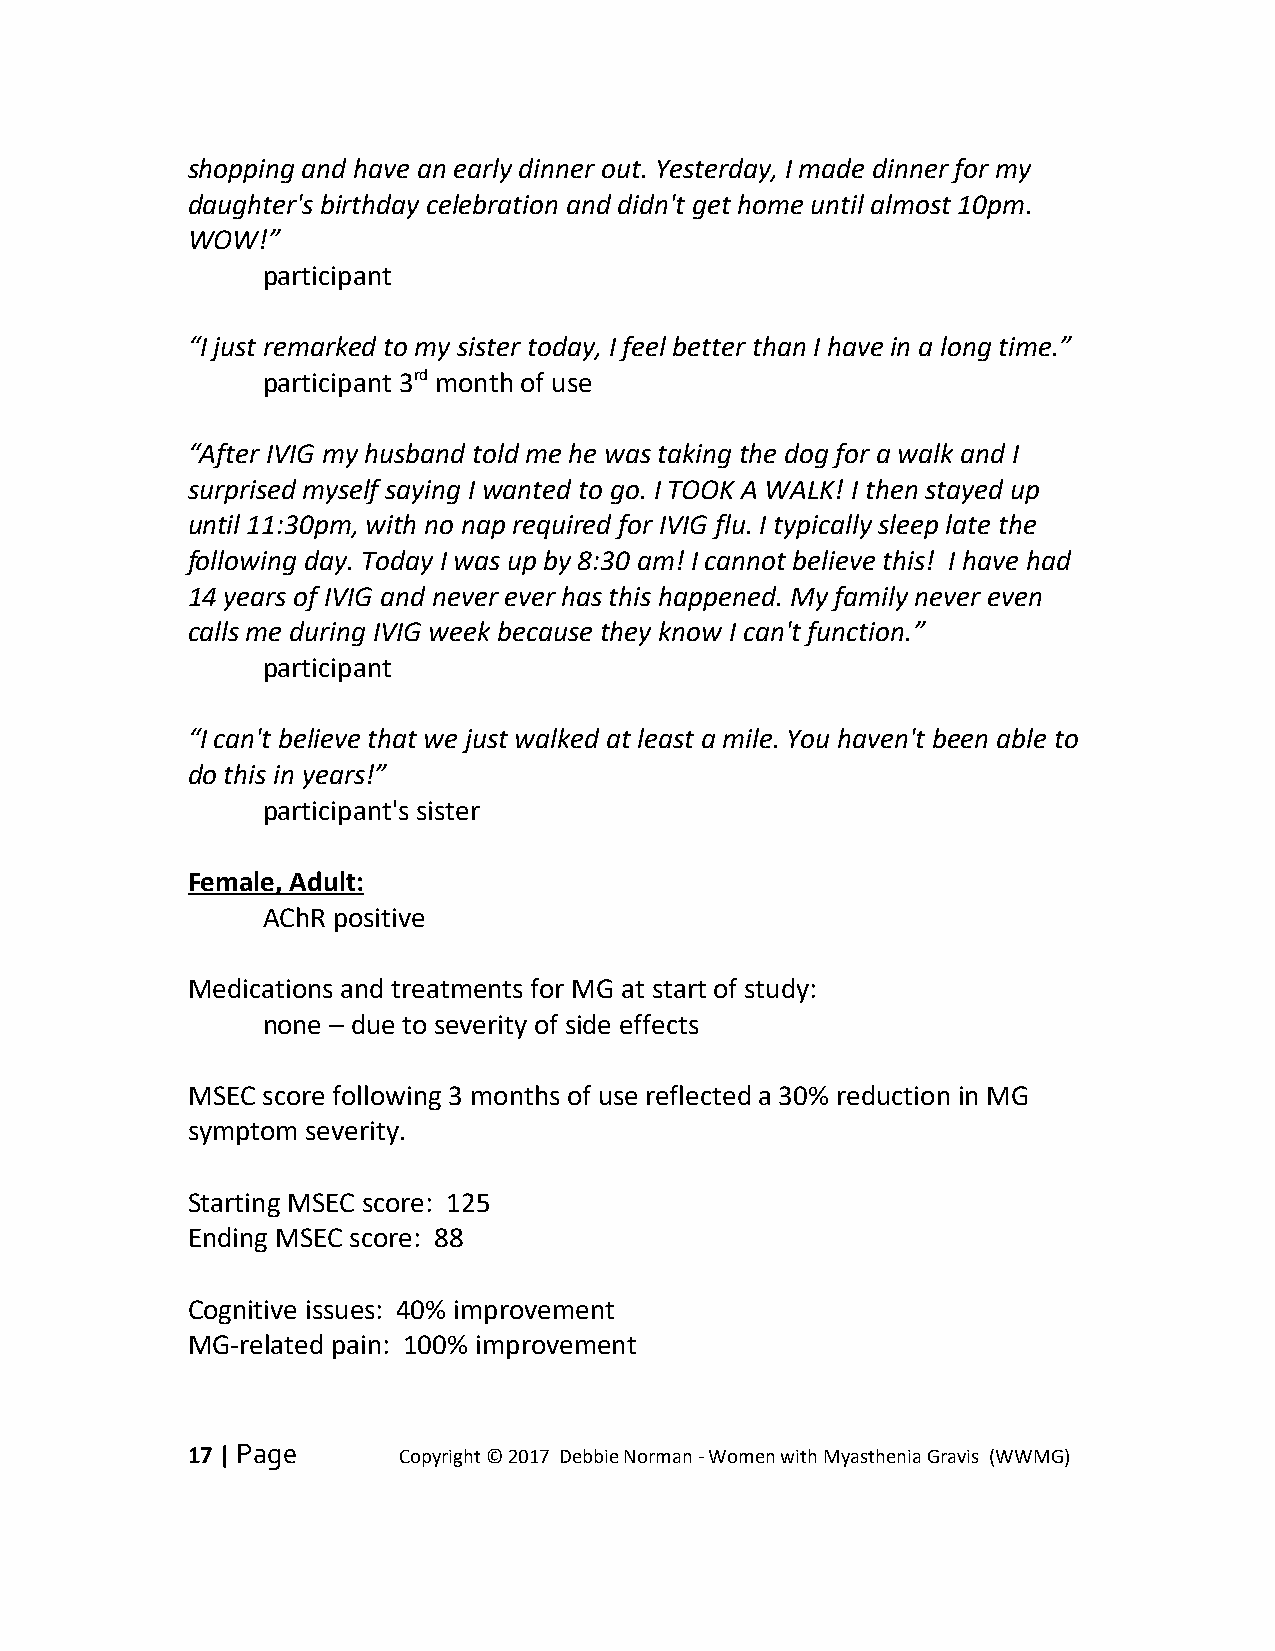
shopping and have an early dinner out. Yesterday, I made dinner for my
 daughter's birthday celebration and didn't get home until almost 10pm.
 WOW!”
 participant
 “I just remarked to my sister today, I feel better than I have in a long time.”
 participant 3rd month of use
 “After IVIG my husband told me he was taking the dog for a walk and I
 surprised myself saying I wanted to go. I TOOK A WALK! I then stayed up
 until 11:30pm, with no nap required for IVIG flu. I typically sleep late the
 following day. Today I was up by 8:30 am! I cannot believe this! I have had
 14 years of IVIG and never ever has this happened. My family never even
 calls me during IVIG week because they know I can't function.”
 participant
 “I can't believe that we just walked at least a mile. You haven't been able to
 do this in years!”
 participant's sister
 Female, Adult:
 AChR positive
 Medications and treatments for MG at start of study:
 none – due to severity of side effects
 MSEC score following 3 months of use reflected a 30% reduction in MG
 symptom severity.
 Starting MSEC score: 125
 Ending MSEC score: 88
 Cognitive issues: 40% improvement
 MG-related pain: 100% improvement
 17 | Page     Copyright © 2017 Debbie Norman - Women with Myasthenia Gravis (WWMG)